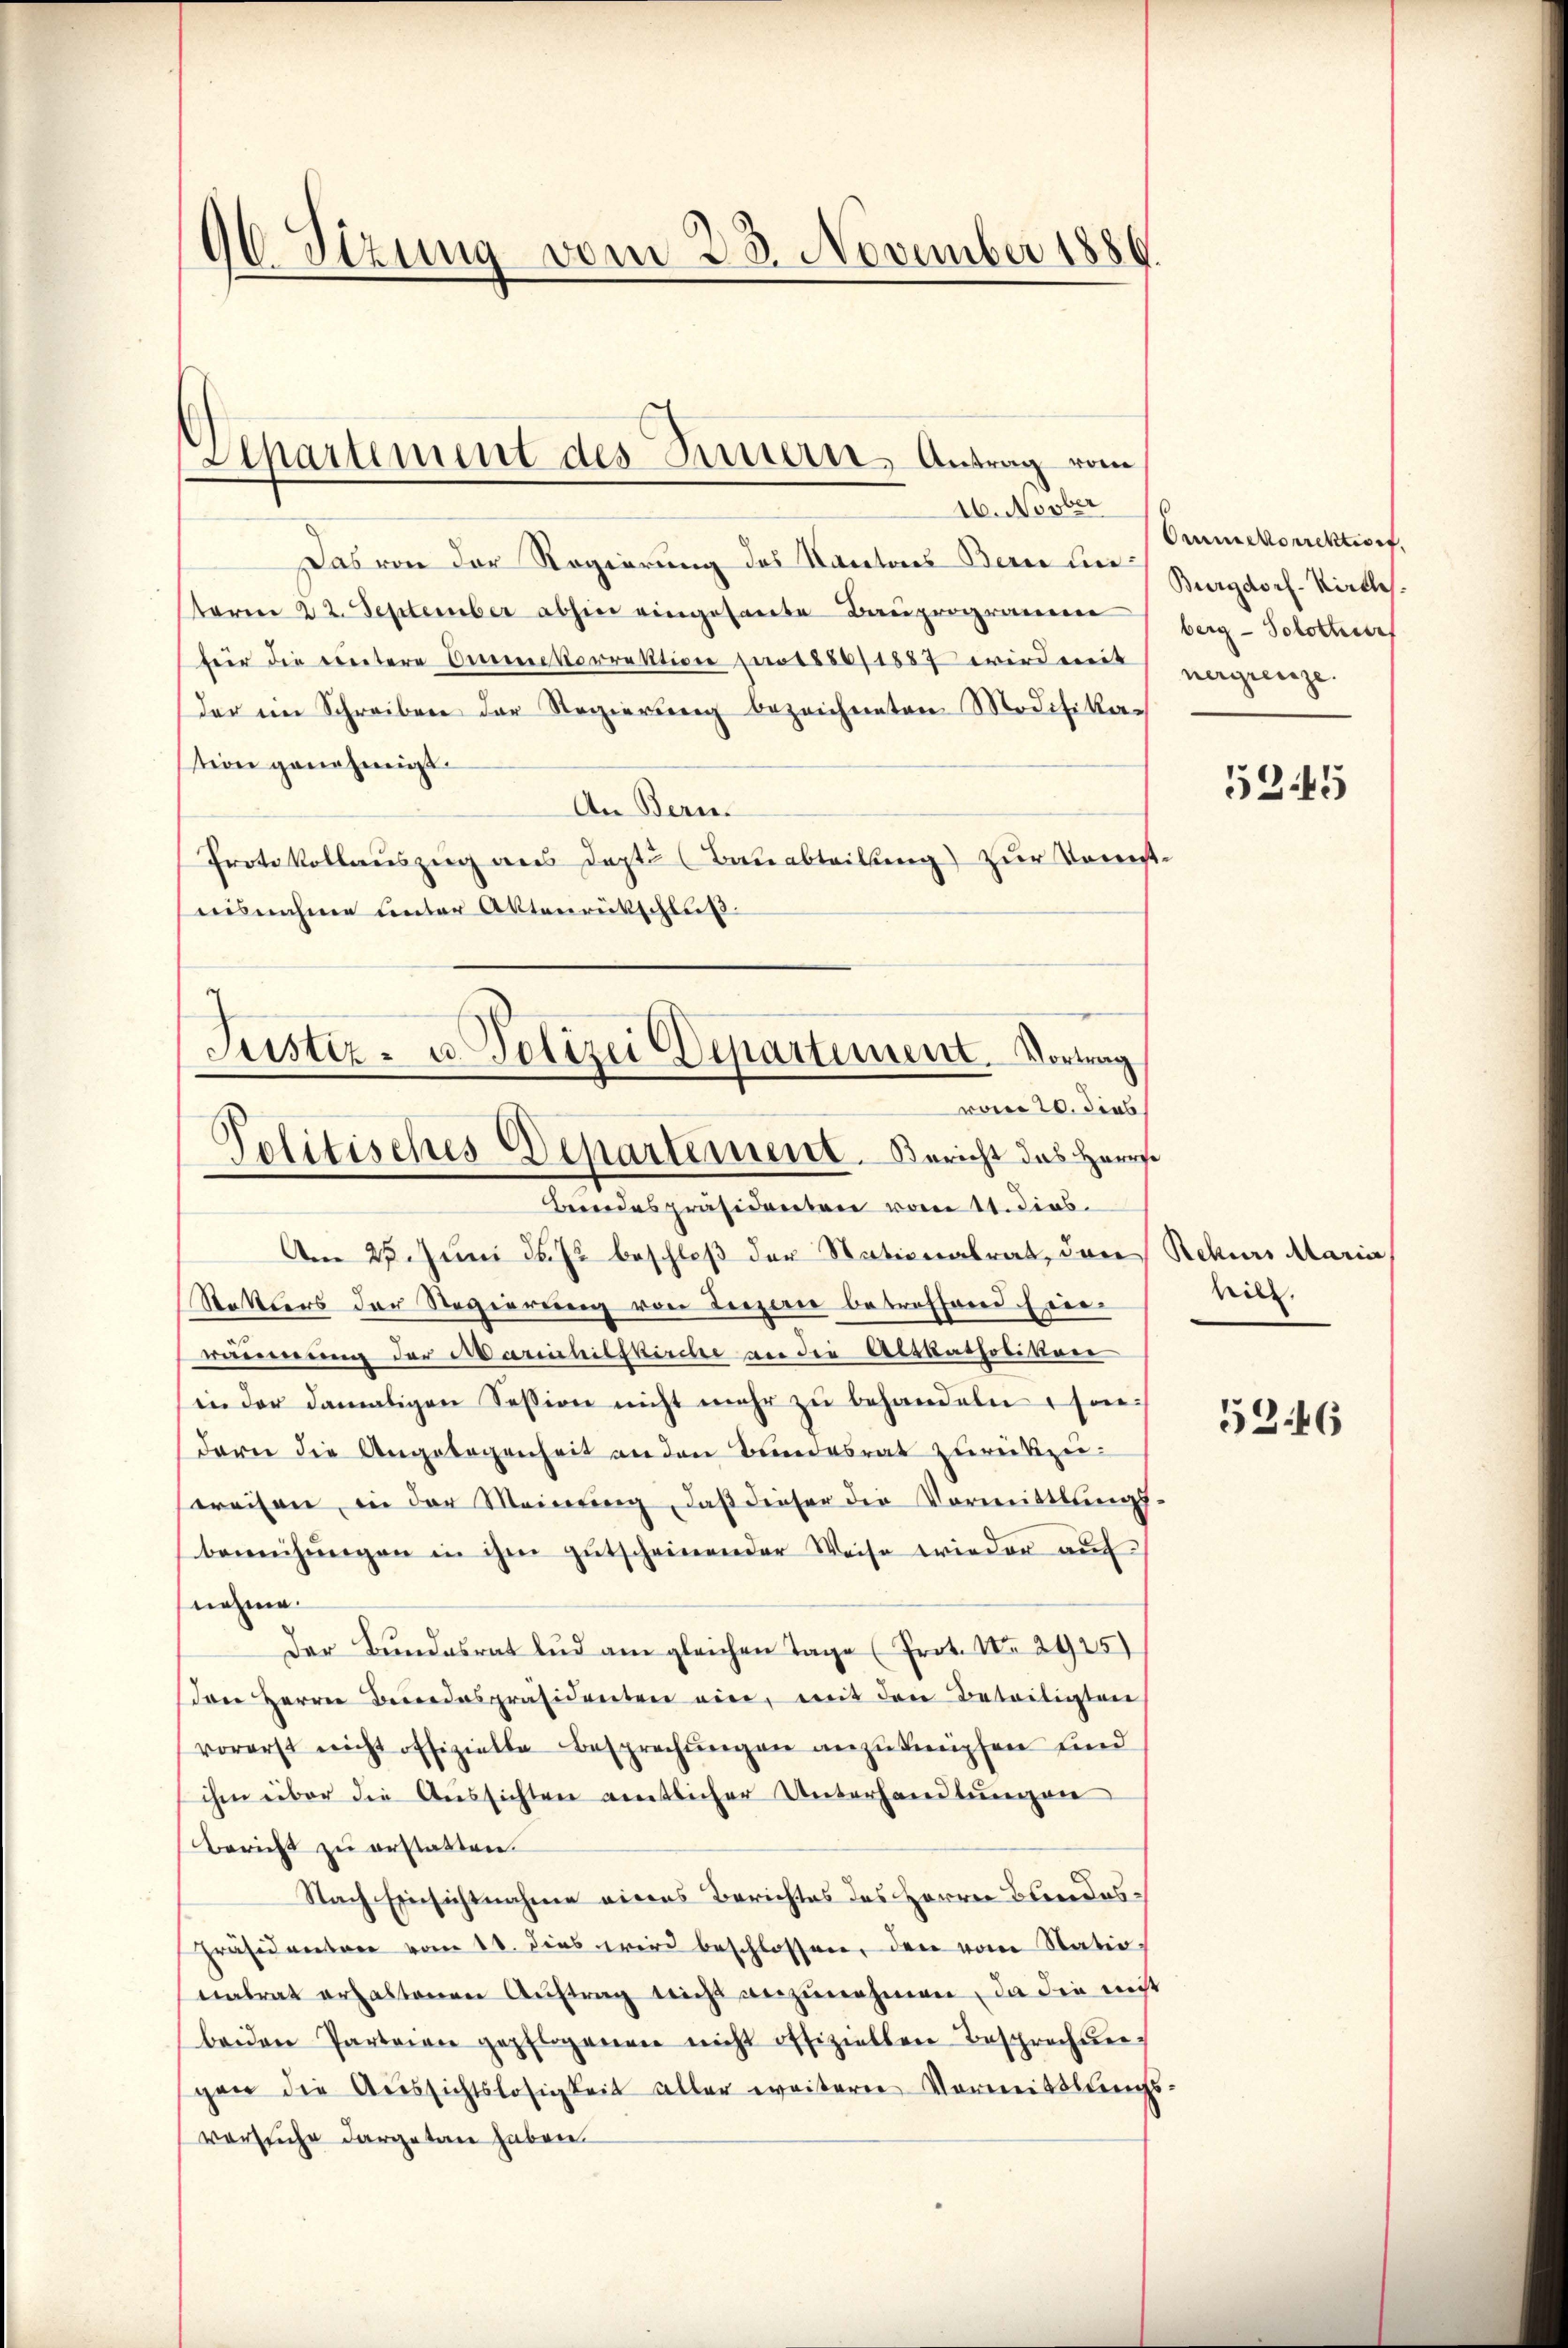
96 Sizung vom 28. November 1886.

Departement des Innern, Antrag vom

16. Novber
Das von der Regierung des Kantons Bern unterm 22. September abhin eingesante Bauprogramme
für die Treitere Anerkorrektion pro 1886/1887 wird mit
der im Schreiben der Regierung bezeichneten Modifika-
tion genehmigt.
An Beri
Protokollauszug aus dept. (Bauabteilung) zur Konst.
isnahme unter Aktenrückschluß
Am 25. Juni d. J. beschloß der Stationalrat, von
Setters der Regierung von Luzern betreffend hierräumung der Marschilskirche an die Altkatholikon
in der damaligen Session nicht mehr zu behandeln, sondare die Angelegenheit an den Bundesrat zurückzeisweisen, in der Meinŭng, daß dieser die Vormittlungs-
bemühŭngen in ihm gŭtscheinender Weise wieder aŭf
nahme.
Der Bundesrat lud am gleichen Tage (Prot. No 2925)
den Herrn Beredespräsidenten ein, mit den Beteiligten
vorerst nicht offizielle Besprechŭngen anzuknüpfen und
ihm über die Aŭssichten amtlicher Unterhandlŭngen
Bericht zu erstatten.
Nach Einsichtnahme eines Berichtes des HHerren Bundes¬
Präsidentrer vom 11. dies wird beschlossen, den vom Statio
nalrat erhaltenen Aŭftrag nicht anzŭnehmen, da die nicht
beiden Parteien gepflogenen nicht offiziellen Besprechung
gen die Aŭssichtslosigkeit aller weiterer Vormittlungs
vorsuche dargetan haben.

Justiz- u. Polizei Departement. Vortrag
vom 20. dies
Politisches Departement. Bericht das Herr
Beendespräsidenten vom 11. dies.

Ommekorrektiort.
Burgdorf-Kirche.
berg - Solothur
nergrenze.

5245

Rekurs Maria
witz.

5346